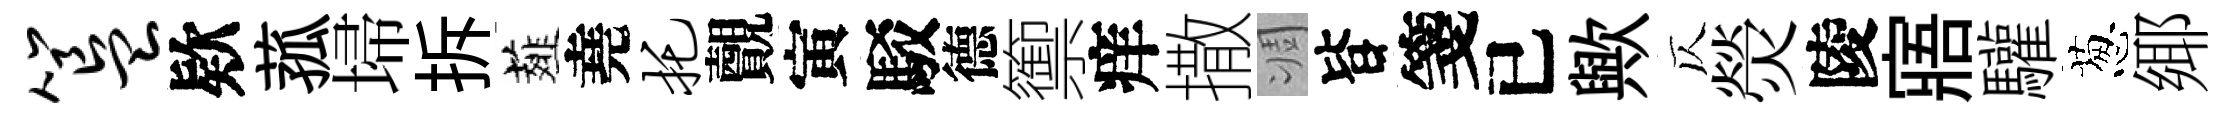
簋欵菰埽拆薤堯托覿寅駁德籞痒撒凋𣅜箋已歟仄熒陵寤驩葱鄊